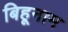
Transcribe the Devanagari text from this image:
बिहूनाम